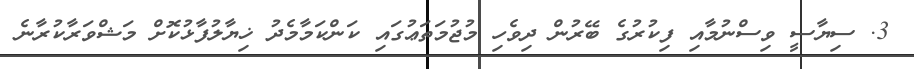
3. ސިޔާސީ ވިސްނުމާއި ފިކުރުގެ ބޭރުން ދިވެހި މުޖުމަތަޢުގައި ކަންކަމާމެދު ޚިޔާލުފާޅުކޮށް މަޝްވަރާކުރާނެ